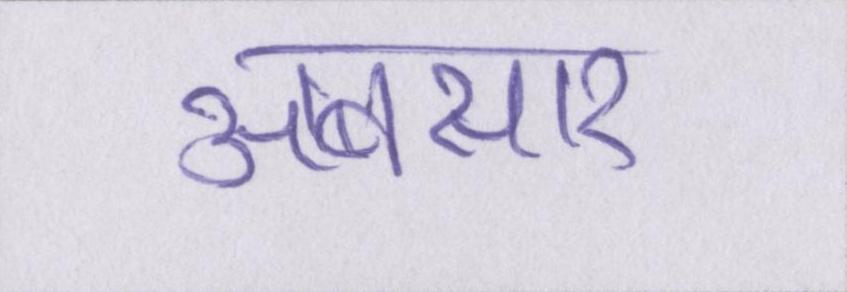
अबसार